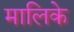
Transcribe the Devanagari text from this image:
मालिके